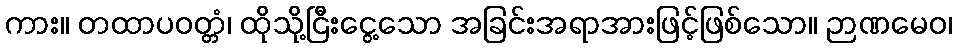
ကား။ တထာပဝတ္တံ၊ ထိုသို့ငြီးငွေ့သော အခြင်းအရာအားဖြင့်ဖြစ်သော။ ဉာဏမေဝ၊